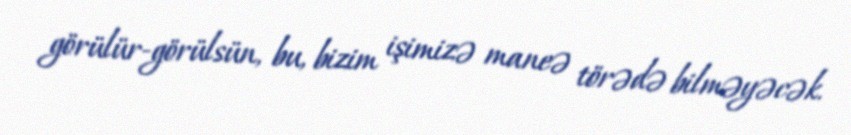
görülür-görülsün, bu, bizim işimizə maneə törədə bilməyəcək.